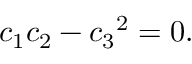
c _ { 1 } c _ { 2 } - { c _ { 3 } } ^ { 2 } = 0 .